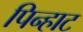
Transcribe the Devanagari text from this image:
पिन्हाट